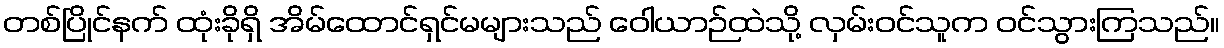
တစ်ပြိုင်နက် ထုံးခိုရှိ အိမ်ထောင်ရှင်မများသည် ဝေါယာဉ်ထဲသို့ လှမ်းဝင်သူက ဝင်သွားကြသည်။